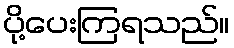
ပို့ပေးကြရသည်။